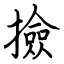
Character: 撿